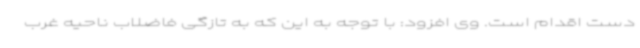
دست اقدام است. وی افزود: با توجه به این که به تازگی فاضلاب ناحیه غرب